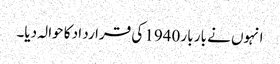
انہوں نے بار بار 1940 کی قرارد اد کا حوالہ دیا۔